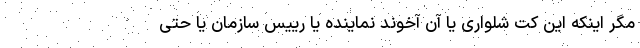
مگر اینکه این کت شلواری یا آن آخوند نماینده یا رییس سازمان یا حتی